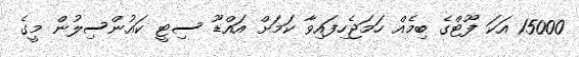
15000 އަކަ ފޫޓްގެ ބިމެއް ހަމަޖެހިފައިވާ ކަމަށް އައްޑޫ ސިޓީ ކައުންސިލުން މީގެ